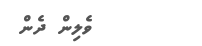
ވެލިން ދެން